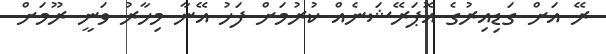
ރޭ އަށް ގަޑިއިރުގެ އޮޕަރޭޝަނެއް ކުރުމަށް ފަހު އޭނާ މިހާރު ވަނީ ރޫމަށް